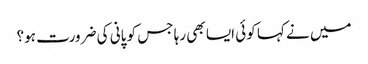
میں نے کہا کوئی ایسا بھی رہا جس کو پانی کی ضرورت ہو؟